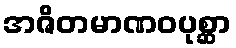
အဇိတမာဏဝပုစ္ဆာ